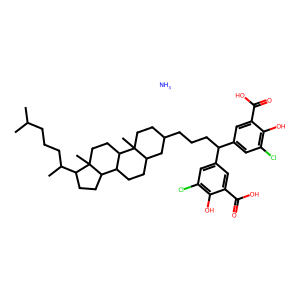
SMILES: CC(C)CCCC(C)C1CCC2C3CCC4CC(CCCC(c5cc(Cl)c(O)c(C(=O)O)c5)c5cc(Cl)c(O)c(C(=O)O)c5)CCC4(C)C3CCC12C.N
Inhibits HIV replication: Yes